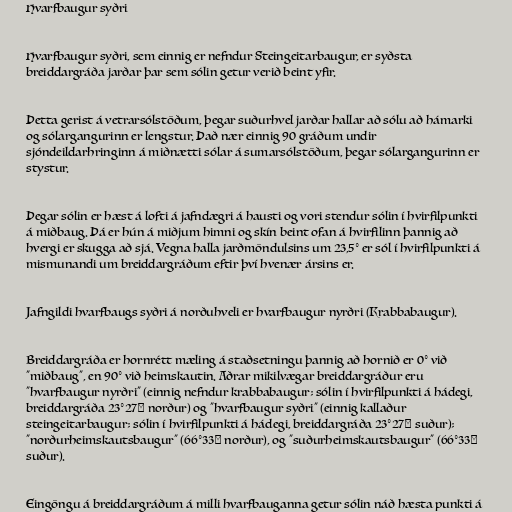
Hvarfbaugur syðri

Hvarfbaugur syðri, sem einnig er nefndur Steingeitarbaugur, er syðsta
breiddargráða jarðar þar sem sólin getur verið beint yfir.

Þetta gerist á vetrarsólstöðum, þegar suðurhvel jarðar hallar að sólu að hámarki
og sólargangurinn er lengstur. Það nær einnig 90 gráðum undir
sjóndeildarhringinn á miðnætti sólar á sumarsólstöðum, þegar sólargangurinn er
stystur.

Þegar sólin er hæst á lofti á jafndægri á hausti og vori stendur sólin í hvirfilpunkti
á miðbaug. Þá er hún á miðjum himni og skín beint ofan á hvirfilinn þannig að
hvergi er skugga að sjá. Vegna halla jarðmöndulsins um 23,5° er sól í hvirfilpunkti á
mismunandi um breiddargráðum eftir því hvenær ársins er.

Jafngildi hvarfbaugs syðri á norðuhveli er hvarfbaugur nyrðri (Krabbabaugur).

Breiddargráða er hornrétt mæling á staðsetningu þannig að hornið er 0° við
"miðbaug", en 90° við heimskautin. Aðrar mikilvægar breiddargráður eru
"hvarfbaugur nyrðri" (einnig nefndur krabbabaugur; sólin í hvirfilpunkti á hádegi,
breiddargráða 23°27′ norður) og "hvarfbaugur syðri" (einnig kallaður
steingeitarbaugur; sólin í hvirfilpunkti á hádegi, breiddargráða 23°27′ suður);
"norðurheimskautsbaugur" (66°33′ norður), og "suðurheimskautsbaugur" (66°33′
suður).

Eingöngu á breiddargráðum á milli hvarfbauganna getur sólin náð hæsta punkti á